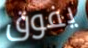
يفوق